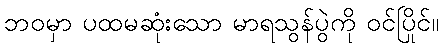
ဘဝမှာ ပထမဆုံးသော မာရသွန်ပွဲကို ဝင်ပြိုင်။